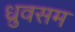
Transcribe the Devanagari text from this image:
ध्रुवसम